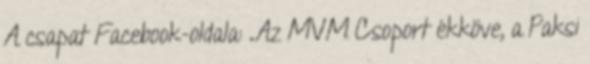
A csapat Facebook-oldala: „Az MVM Csoport ékköve, a Paksi